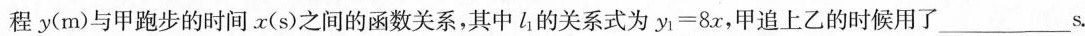
程y(m)与甲跑步的时间x(s)之间的函数关系，其中l_{1}的关系式为$$y _ { 1 } = 8 x$$，甲追上乙的时候用了___s.